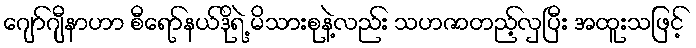
ဂျော်ဂျီနာဟာ စီရော်နယ်ဒိုရဲ့ မိသားစုနဲ့လည်း သဟဇာတည့်လှပြီး အထူးသဖြင့်